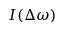
I ( \Delta \omega )